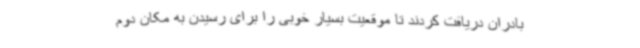
بادران دریافت کردند تا موقعیت بسیار خوبی را برای رسیدن به مکان دوم